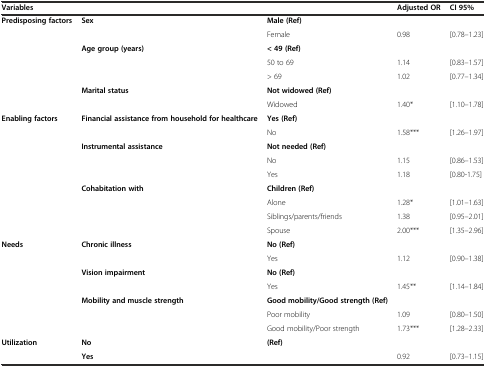
| Variables |  |  | Adjusted OR | CI 95% |
 | --- | --- | --- | --- | --- |
 | <ROWSPAN=7> Predisposing factors | <ROWSPAN=2> Sex | Male (Ref) |  |  |
 | Female | 0.98 | [0.78–1.23] |
 | <ROWSPAN=3> Age group (years) | < 49 (Ref) |  |  |
 | 50 to 69 | 1.14 | [0.83–1.57] |
 | > 69 | 1.02 | [0.77–1.34] |
 | <ROWSPAN=2> Marital status | Not widowed (Ref) |  |  |
 | Widowed | 1.40* | [1.10–1.78] |
 | <ROWSPAN=9> Enabling factors | <ROWSPAN=2> Financial assistance from household for healthcare | Yes (Ref) |  |  |
 | No | 1.58*** | [1.26–1.97] |
 | <ROWSPAN=3> Instrumental assistance | Not needed (Ref) |  |  |
 | No | 1.15 | [0.86–1.53] |
 | Yes | 1.18 | [0.80-1.75] |
 | <ROWSPAN=4> Cohabitation with | Children (Ref) |  |  |
 | Alone | 1.28* | [1.01–1.63] |
 | Siblings/parents/friends | 1.38 | [0.95–2.01] |
 | Spouse | 2.00*** | [1.35–2.96] |
 | <ROWSPAN=7> Needs | <ROWSPAN=2> Chronic illness | No (Ref) |  |  |
 | Yes | 1.12 | [0.90–1.38] |
 | <ROWSPAN=2> Vision impairment | No (Ref) |  |  |
 | Yes | 1.45** | [1.14–1.84] |
 | <ROWSPAN=3> Mobility and muscle strength | Good mobility/Good strength (Ref) |  |  |
 | Poor mobility | 1.09 | [0.80–1.50] |
 | Good mobility/Poor strength | 1.73*** | [1.28–2.33] |
 | Utilization | No | (Ref) |  |  |
 |  | Yes |  | 0.92 | [0.73–1.15] |